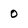
Character: o